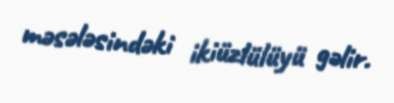
məsələsindəki ikiüzlülüyü gəlir.